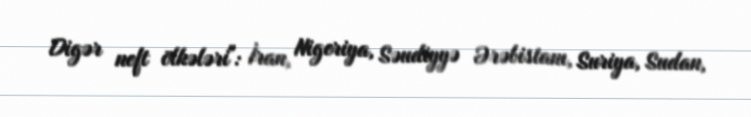
Digər neft ölkələri": İran, Nigeriya, Səudiyyə Ərəbistanı, Suriya, Sudan,